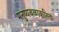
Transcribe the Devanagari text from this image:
मनुष्यबळाकरिता